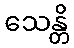
သေန္တိ